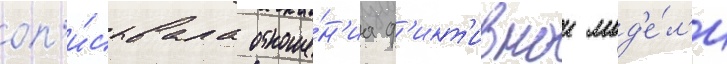
оп'и́сывала отноше́н'иа ф'икт'ивнои мод'е́л'и